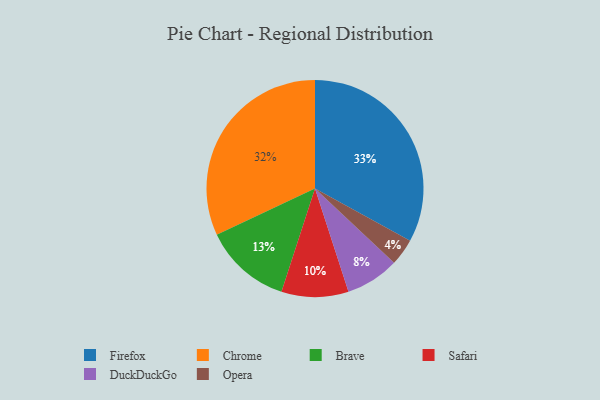
{"axis": {"x": "Category", "y": "Percentage"}, "legend": ["Brave", "Chrome", "DuckDuckGo", "Firefox", "Opera", "Safari"], "data": [{"x": "Opera", "y": 4, "type": "Opera"}, {"x": "Chrome", "y": 32, "type": "Chrome"}, {"x": "DuckDuckGo", "y": 8, "type": "DuckDuckGo"}, {"x": "Firefox", "y": 33, "type": "Firefox"}, {"x": "Brave", "y": 13, "type": "Brave"}, {"x": "Safari", "y": 10, "type": "Safari"}]}